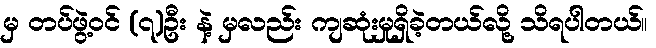
မှ တပ်ဖွဲ့ဝင် (၇)ဦး နဲ့ မှလည်း ကျဆုံးမှုရှိခဲ့တယ်လို့ သိရပါတယ်။